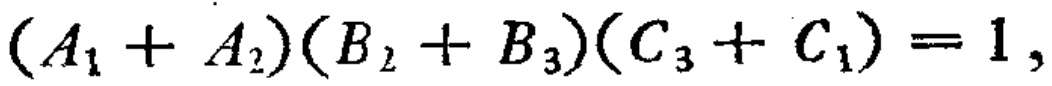
\((A_1 + A_2)(B_2 + B_3)(C_3 + C_1) = 1,\)